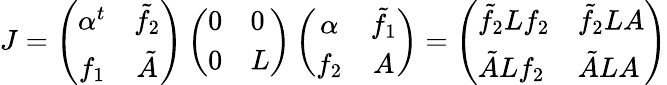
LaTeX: J=\left(\begin{array}{cc}{{\alpha^{t}}}&{{\tilde{f}_{2}}}\\ {{f_{1}}}&{{\tilde{A}}}\end{array}\right)\left(\begin{array}{ll}{{0}}&{{0}}\\ {{0}}&{{L}}\end{array}\right)\left(\begin{array}{cc}{{\alpha}}&{{\tilde{f}_{1}}}\\ {{f_{2}}}&{{A}}\end{array}\right)=\left(\begin{array}{ll}{{\tilde{f}_{2}Lf_{2}}}&{{\tilde{f}_{2}LA}}\\ {{\tilde{A}Lf_{2}}}&{{\tilde{A}LA}}\end{array}\right)